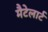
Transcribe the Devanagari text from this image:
मैटेलार्ट